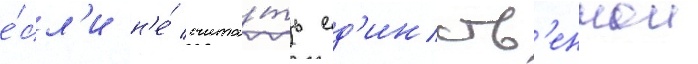
е́сл'и н'е́ счита́ть ед'инств'еннои